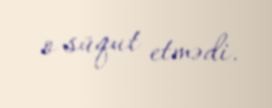
o süqut etmədi.